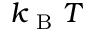
k _ { \mathrm { ~ B ~ } } T